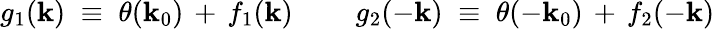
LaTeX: g_{1}(\mathbf{k})\; \equiv\; \theta(\mathbf{k}_{0})\, +\, f_{1}(\mathbf{k})\; \; \; \; \; \; \; \; g_{2}(-\mathbf{k})\; \equiv\; \theta(-\mathbf{k}_{0})\, +\, f_{2}(-\mathbf{k})